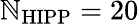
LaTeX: \mathbb{N}_{\mathrm{{HIPP}}}=20